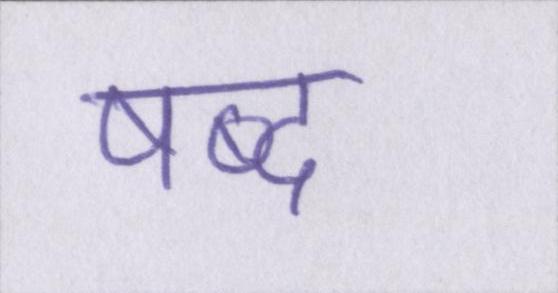
षब्द